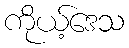
ကိုယ့်ဒေသ